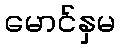
မောင်နှမ